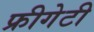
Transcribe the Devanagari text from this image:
फ्रीगेटी